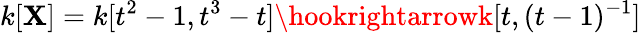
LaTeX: k[\mathbf{X}]=k[t^{2}-1,t^{3}-t]\hookrightarrowk[t,(t-1)^{-1}]